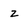
Character: z